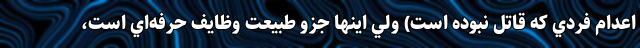
اعدام فردي كه قاتل نبوده است) ولي اينها جزو طبيعت وظايف حرفه‌اي است،